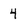
Character: 4